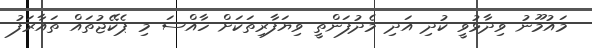
މައުމޫނު ވިދާޅުވީ ކުދި އަދި މެދުފަންތީ ވިޔަފާރިތަކަށް ހާއްސަ މި ޕެކޭޖުތައް ތައާރަފު